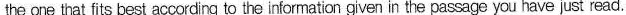
the one trat fits best acoording to the infoematicn given in the passage you have just read.